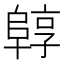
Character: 𱀟